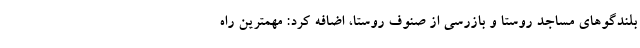
بلندگوهای مساجد روستا و بازرسی از صنوف روستا، اضافه کرد: مهمترین راه